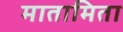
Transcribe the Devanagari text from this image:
मातामिता